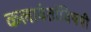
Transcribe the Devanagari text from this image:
कलावंतांविषयी